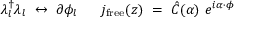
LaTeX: \lambda _ { l } ^ { \dagger } \lambda _ { l } ~ \leftrightarrow ~ \partial \phi _ { l } { } ~ ~ ~ ~ ~ j _ { \mathrm { f r e e } } ( z ) ~ = ~ { \hat { C } } ( \alpha ) ~ e ^ { i \alpha \cdot \phi }